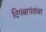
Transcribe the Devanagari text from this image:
दिगंबरपंतांवर